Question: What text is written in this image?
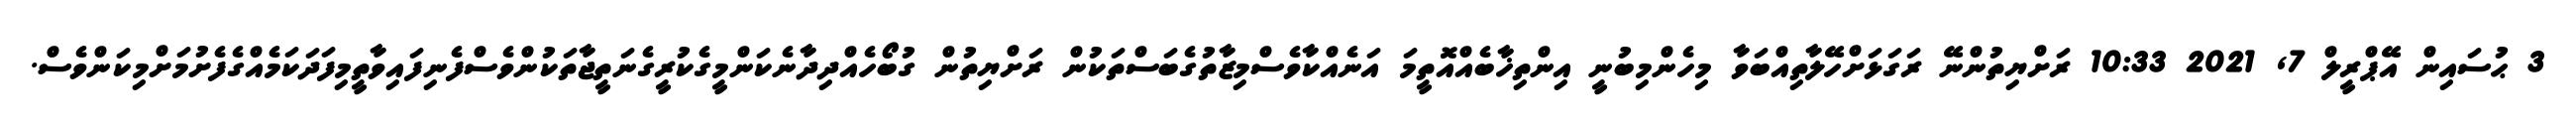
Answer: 3 ޙުސައިން އޭޕްރީލް 7, 2021 10:33 ރަށްޔިތުންނޭ ރަގަޅަށްހޭލާތިއްބަވާ މިހެންމިބުނީ އިންތިޚާބެއްއޮތީމަ އަނެއްކާވެސްމިޒާތުގެބަސްތަކުން ރަށްޔިތުން ގުބޯހެއްދިދާނެކަންމީގެކުރީގެނަތީޖާތަކުންވެސްފެނިފައިވާތީމިފަދަކަމެއްގެފެށުމަށްމިކަންވެސް.